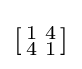
\left[{\begin{smallmatrix}1&4\\4&1\\\end{smallmatrix}}\right]